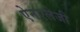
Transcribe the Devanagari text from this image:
ऐनएलेजी